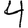
Digit: 4